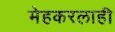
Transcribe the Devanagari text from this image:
मेहकरलाही